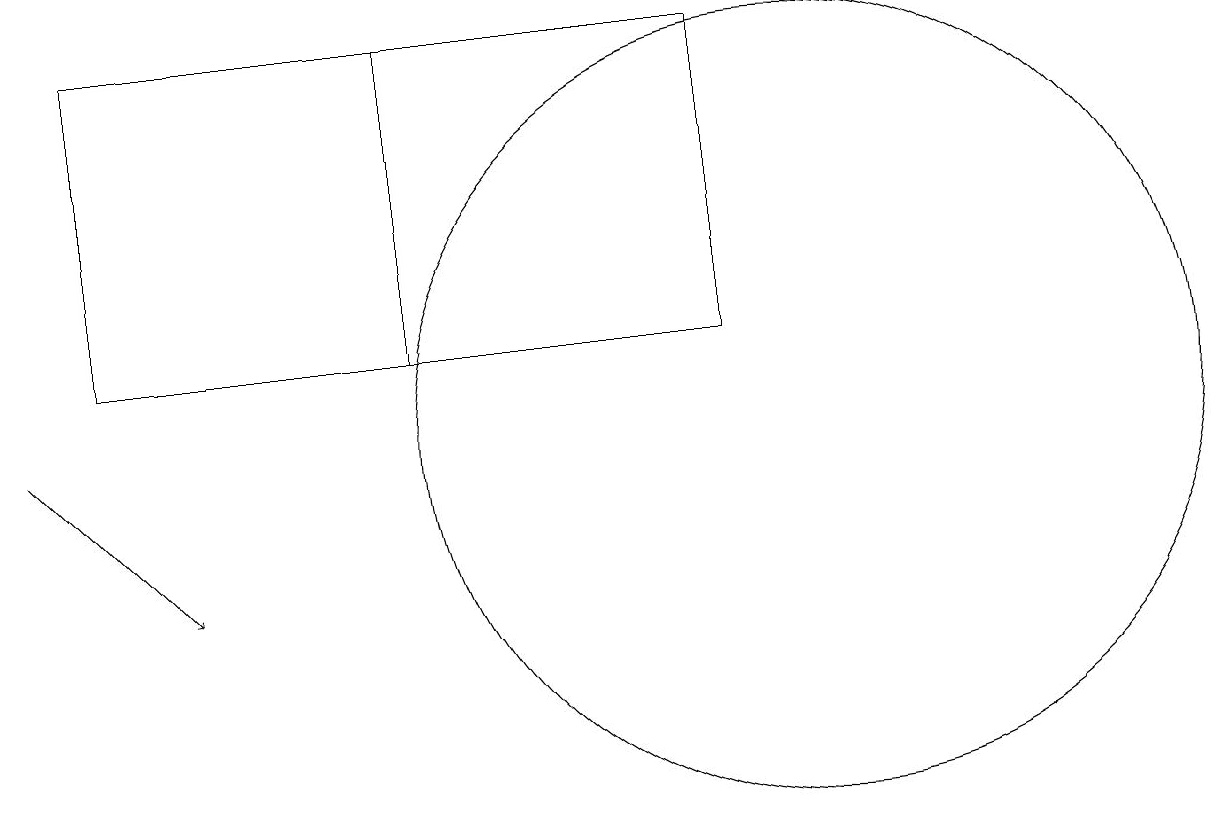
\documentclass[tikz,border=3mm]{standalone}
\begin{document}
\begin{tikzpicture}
\draw (1,17) rectangle (5,13);
\draw (10,12) circle (5);
\draw (9,13) rectangle (5,17);
\draw[->] (0,12) -- (2,10);
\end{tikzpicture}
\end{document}